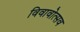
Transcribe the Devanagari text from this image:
विवावोत्सव